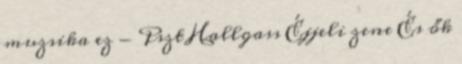
muzsika ez - Pszt Hallgass Éjjeli zene És ők